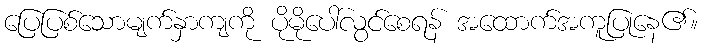
ပြေပြစ်သောမျက်နှာကျကို ပိုမိုပေါ်လွင်စေရန် အထောက်အကူပြုနေ၏။